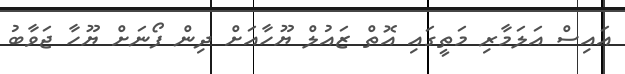
އައިސް އަލަމާރި މަތީގައި އޮތް ޒައުލް ޔޫހާއަށް ދިން ފޯނަށް ޔޫހާ ޖަވާބު